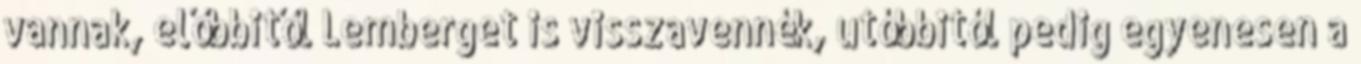
vannak, előbbitől Lemberget is visszavennék, utóbbitól pedig egyenesen a